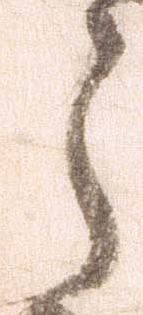
う